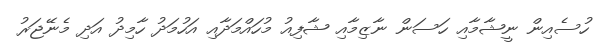
ހުސެއިން ނީޝާމާއި ހަސަން ނާޒިމާއި ޝާފިއު މުހައްމަދާއި އަހުމަދު ހާމިދު އަދި މެނޭޖަރު